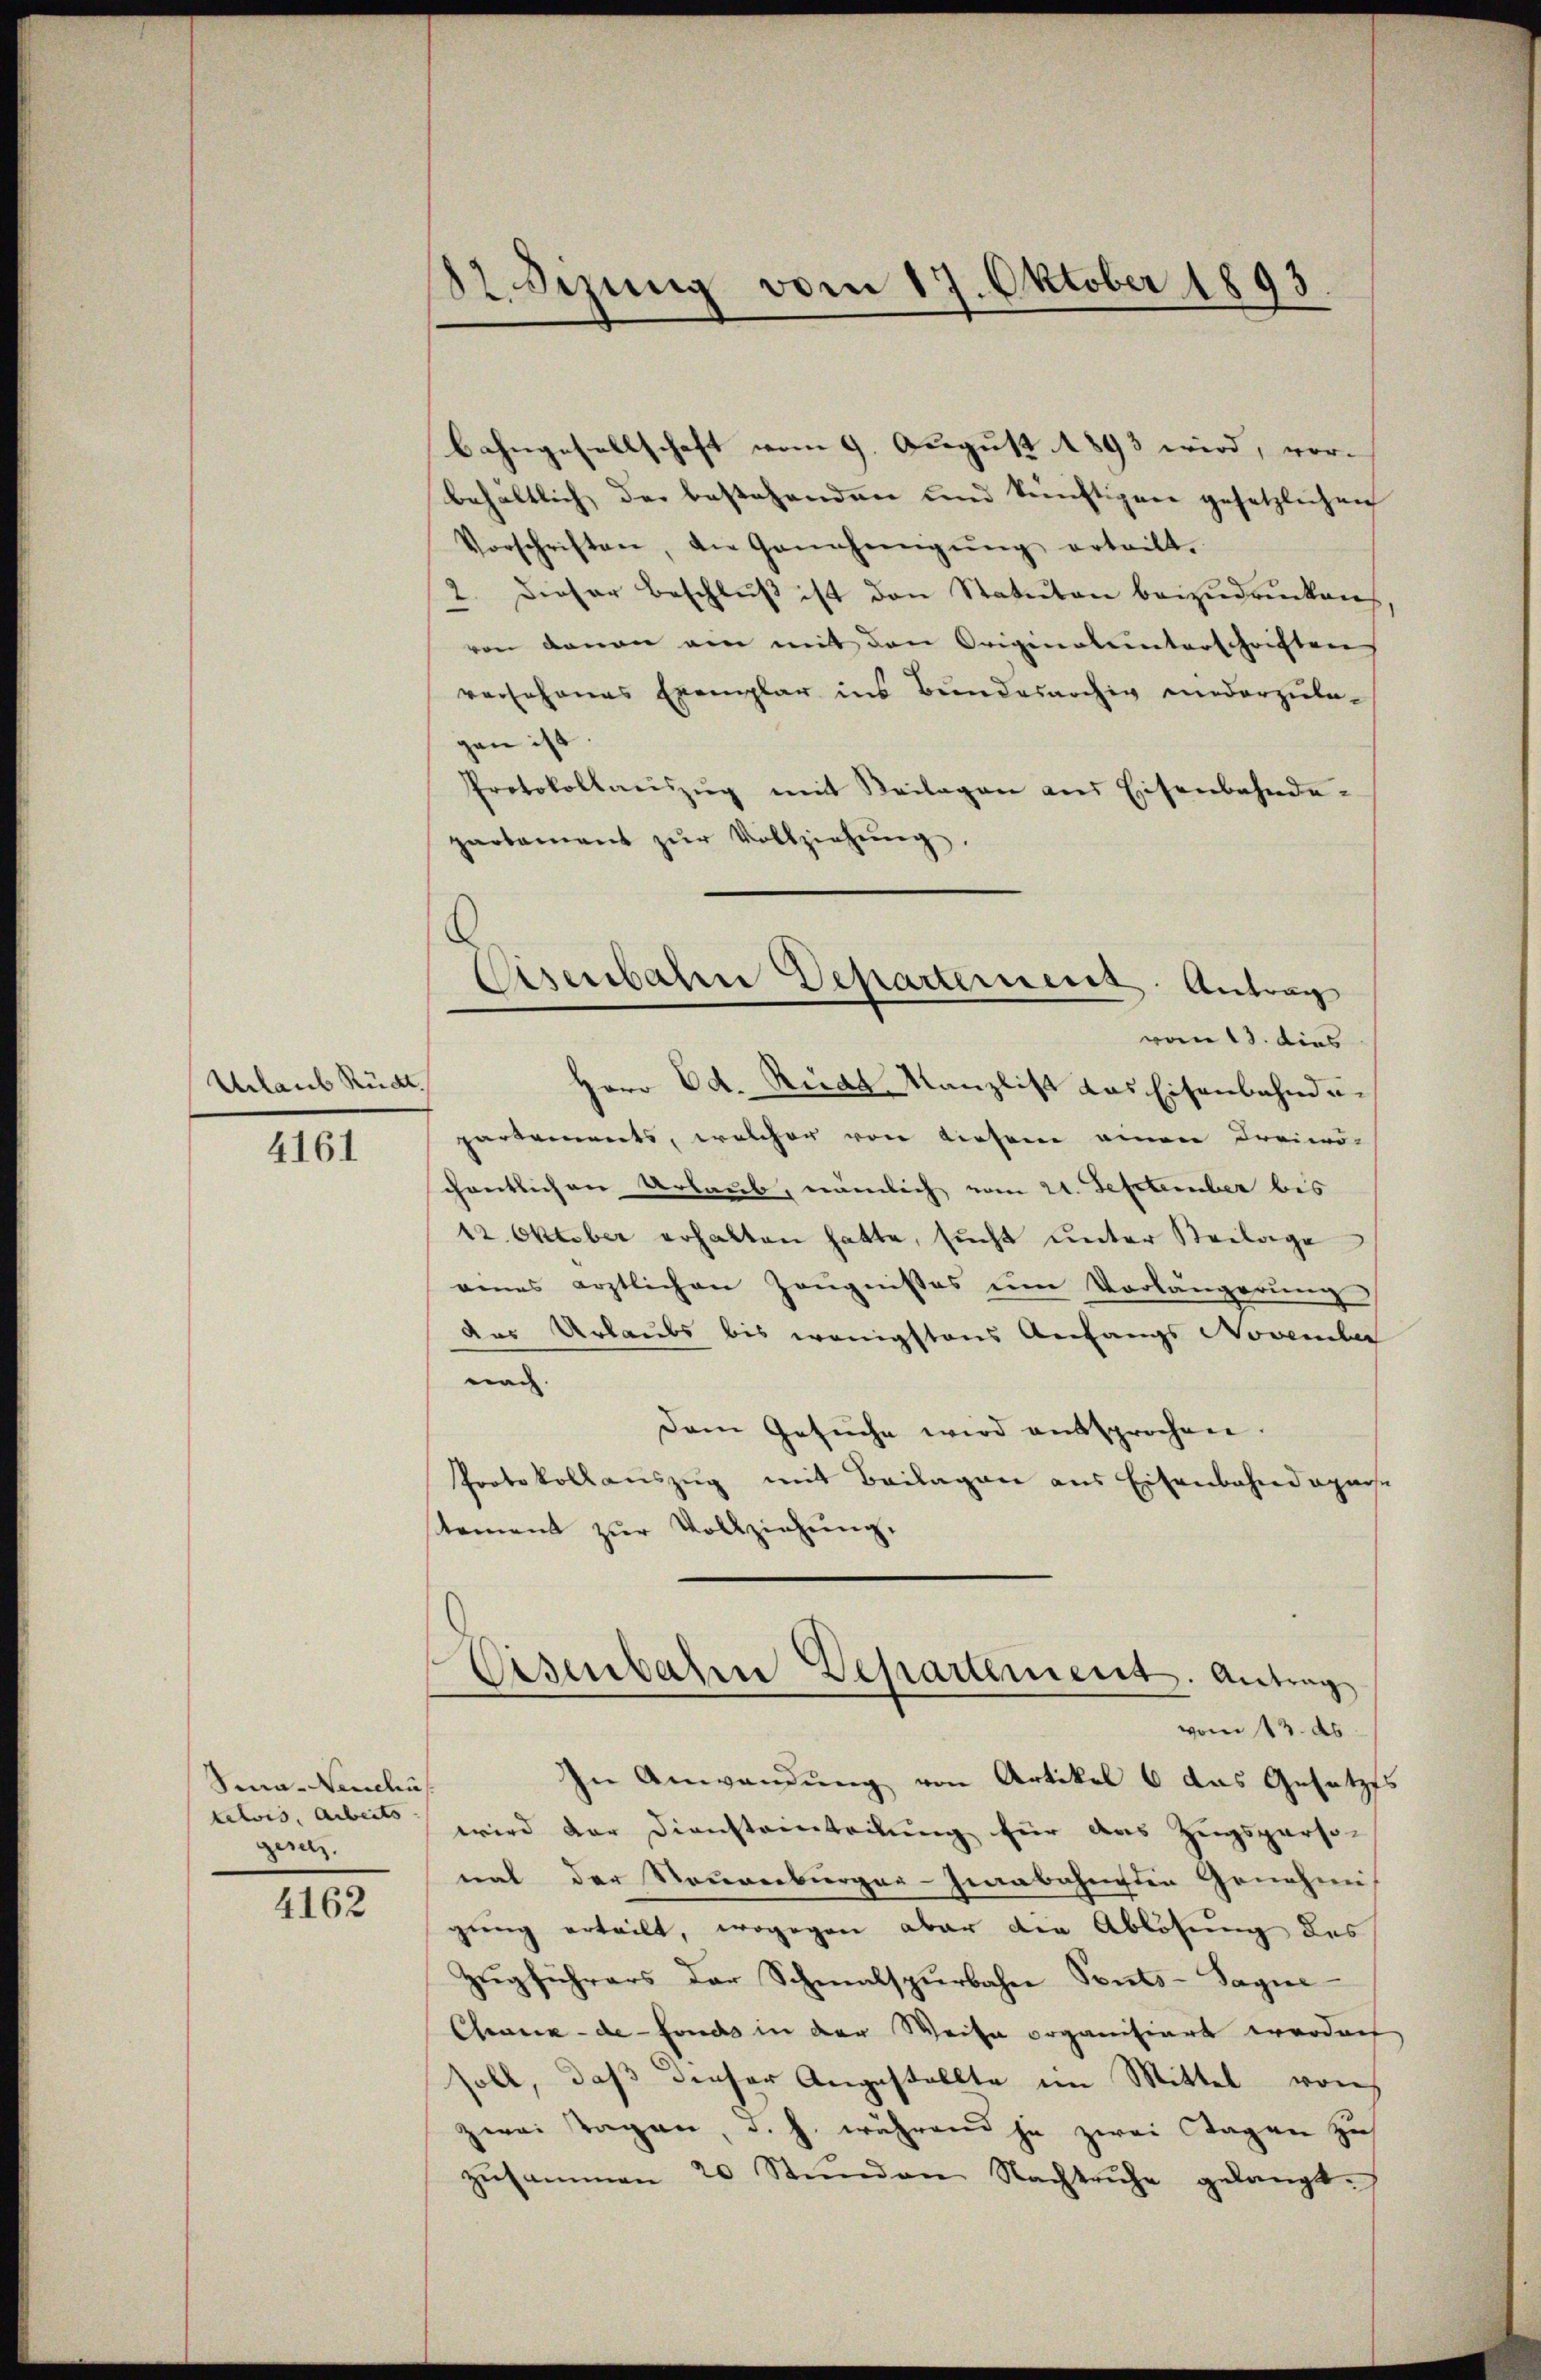
Urlaub Rückt.

4161

Sia- Neuchü
telois, Arbeits
gesetz.

4162

12. Sezung vom 17. Oktober 1893.

Bahngesellschaft vom 9. August 1893 wird, vor-
behaltlich der bestehenden und künftigen gesetzlichen
Vorschriften, die Genehmigŭng ertritt.
2. Dieser Beschlŭβ ist den Statuten bezudrucken
von daran am mit den Originalunterschriften
vorJohanes Exemplar ins Bundesarchiv niederzula-
gen ist
Protokollaŭszŭg mit Beilagen aus Eisenbahnde-
partement zŭr Vollziehŭng.
Herr Ed. Rias Kanzlist das Eisenbahndun
partements, welcher von diesem einen Freiwö-
chentlichen Urlaub, nämlich vom 21. September bis
12. Oktober erhalten hatte, sucht unter Beilage
eines ärztlichen Zeŭgnisses um Vorlängerŭng
das Urlaubs bis wenigstens Anfangs November
nach.
Dem Gesuche wird entsprochen
Protokollauszug mit Beilagen aus Eisenbahndeparse
stement zur Vollziehung.
Eisenbahn Departement. Antrag
vom 13. ds.
In Anwendung von Artikel 6 das Gesetzes
wird der Dienstanteilung für das Zugsperso-
nat der Souverbürger-Grabahnsten Genehmi
gung erteilt, wogegen aber die Ablösung des
Zugführers der Schmalspurbahne Sonts-Sagne
Chaux-de-Fonds in der Weise organisiert worden
soll, daß dieser Angestellte im Mittel von
zwei Tagen, d. h. während ja zwei Tagen zus
zusammen 20 Stŭnden Nachtruhe gelangt.

Eisenbahre Departement Antrag
vom 13. dies